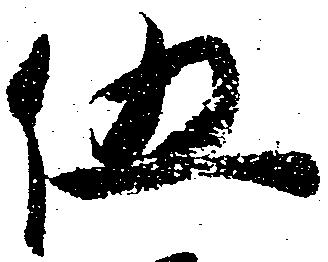
伍